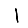
Digit: 1